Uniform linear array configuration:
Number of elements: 48
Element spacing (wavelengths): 0.75
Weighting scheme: hamming
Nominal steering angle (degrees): -60
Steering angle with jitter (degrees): -59.76
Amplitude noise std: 0.05
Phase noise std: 0.05

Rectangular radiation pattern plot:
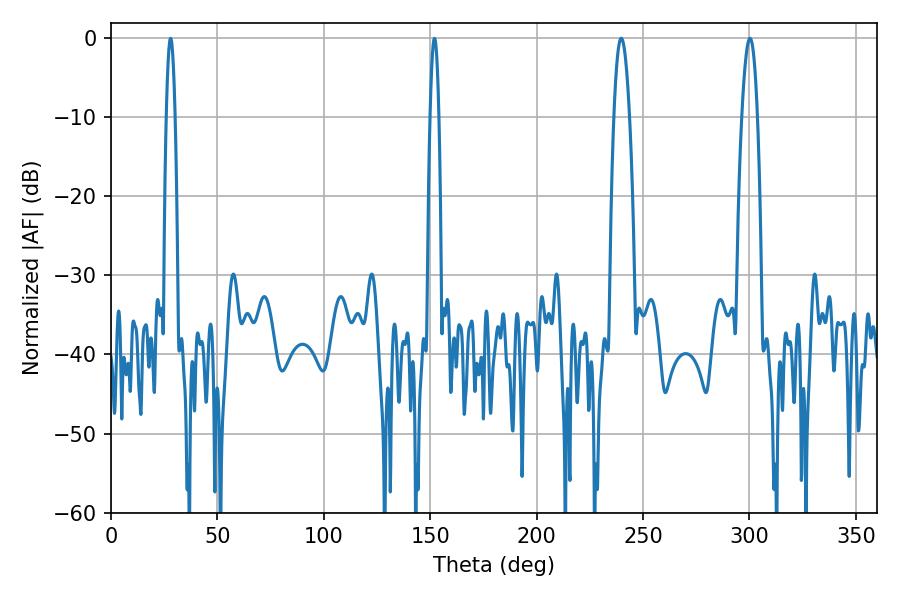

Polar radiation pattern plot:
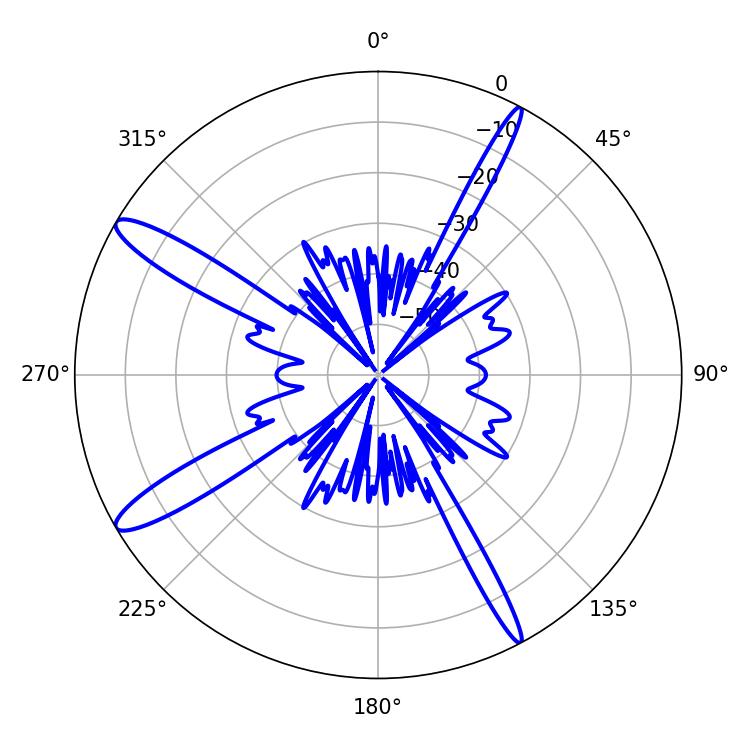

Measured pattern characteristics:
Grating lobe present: TRUE
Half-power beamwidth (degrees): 3.96
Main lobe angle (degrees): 239.76